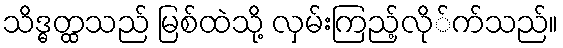
သိဒ္ဓတ္ထသည် မြစ်ထဲသို့ လှမ်းကြည့်လို်က်သည်။